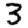
Digit: 3